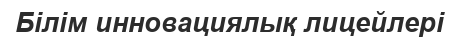
Білім инновациялық лицейлері